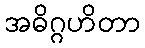
အဓိဂ္ဂဟိတာ